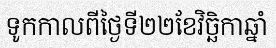
ទូកកាលពីថ្ងៃទី២២ខែវិច្ឆិកាឆ្នាំ